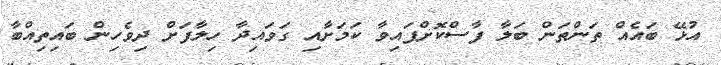
އުޅޭ ބައެއް ތަންތަން ބަލާ ފާސްކޮށްފައިވާ ކަމަށާއި ގަވައިދާ ހިލާފަށް ދިވެހިން ބައިތިއްބާ